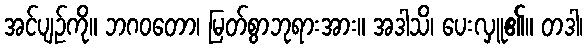
အင်ပျဉ်ကို။ ဘဂဝတော၊ မြတ်စွာဘုရားအား။ အဒါသိ၊ ပေးလှူ၏။ တဒါ၊